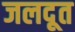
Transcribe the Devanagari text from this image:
जलदूत